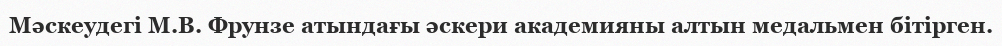
Мәскеудегі М.В. Фрунзе атындағы әскери академияны алтын медальмен бітірген.